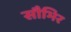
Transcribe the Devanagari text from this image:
सौभिर